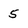
Character: 5